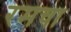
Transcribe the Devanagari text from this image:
रमचा